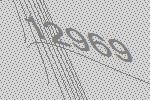
12969